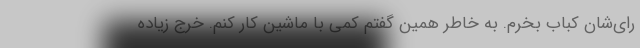
رای‌شان کباب بخرم. به خاطر همین گفتم کمی با ماشین کار کنم. خرج زیاده